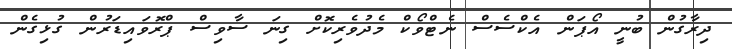
ދިރާގުން ބުނީ އޯޕަން އެކްސެސް ނެޓްވޯކް މެދުވެރިކޮށް ގިނަ ސާވިސް ޕްރޮވައިޑަރުން ގުޅިގެން